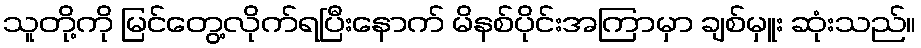
သူတို့ကို မြင်တွေ့လိုက်ရပြီးနောက် မိနစ်ပိုင်းအကြာမှာ ချစ်မှူး ဆုံးသည်။